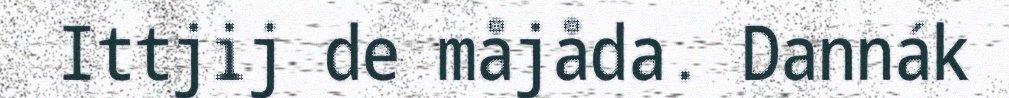
Ittjij de måjåda. Dannák